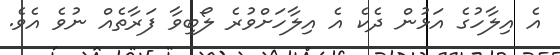
އެ އިލާހުގެ އަޅުން ދެކެ އެ އިލާހަށްވުރެ ލޯބިވާ ފަރާތެއް ނުވެ އެވެ.